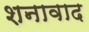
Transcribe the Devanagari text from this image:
शनावाद